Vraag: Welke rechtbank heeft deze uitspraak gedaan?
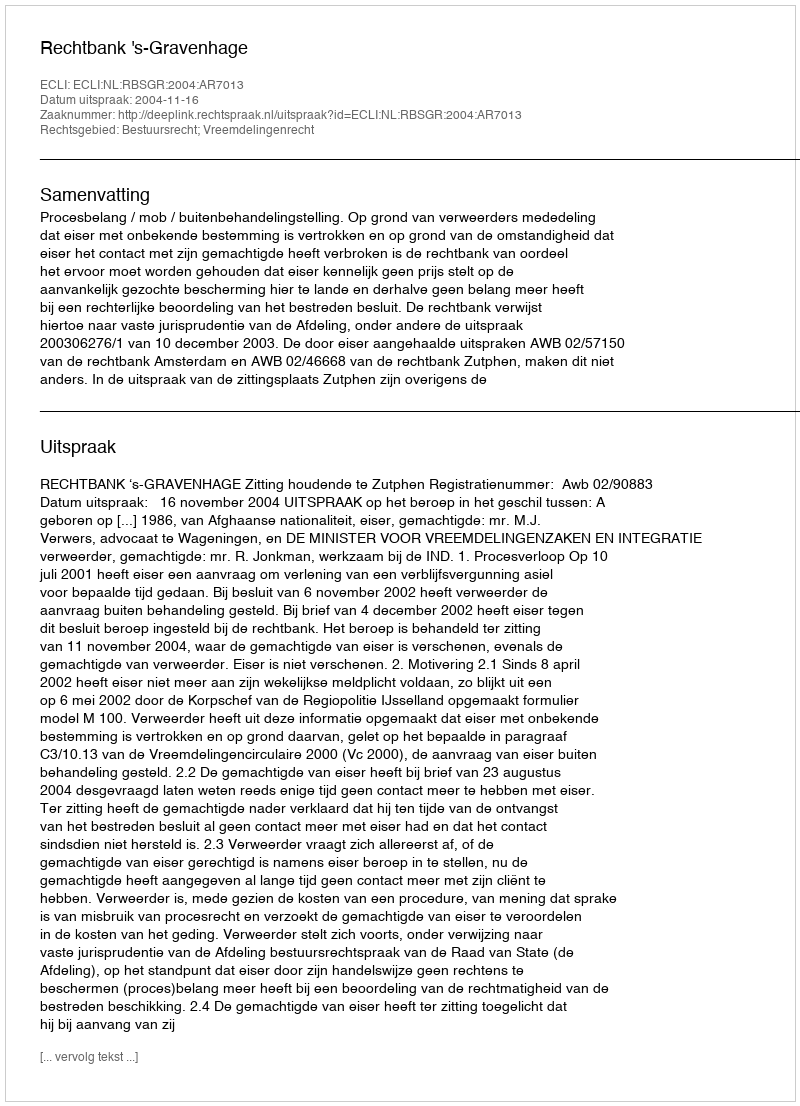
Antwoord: Rechtbank 's-Gravenhage